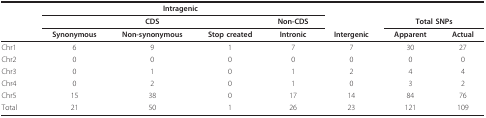
<table><thead><tr><td></td><td colspan="4"><b>Intragenic</b></td><td></td><td></td><td></td></tr><tr><td></td><td colspan="3"><b>CDS</b></td><td><b>Non-CDS</b></td><td></td><td colspan="2"><b>Total SNPs</b></td></tr><tr><td></td><td><b>Synonymous</b></td><td><b>Non-synonymous</b></td><td><b>Stop created</b></td><td><b>Intronic</b></td><td><b>Intergenic</b></td><td><b>Apparent</b></td><td><b>Actual</b></td></tr></thead><tbody><tr><td>Chr1</td><td>6</td><td>9</td><td>1</td><td>7</td><td>7</td><td>30</td><td>27</td></tr><tr><td>Chr2</td><td>0</td><td>0</td><td>0</td><td>0</td><td>0</td><td>0</td><td>0</td></tr><tr><td>Chr3</td><td>0</td><td>1</td><td>0</td><td>1</td><td>2</td><td>4</td><td>4</td></tr><tr><td>Chr4</td><td>0</td><td>2</td><td>0</td><td>1</td><td>0</td><td>3</td><td>2</td></tr><tr><td>Chr5</td><td>15</td><td>38</td><td>0</td><td>17</td><td>14</td><td>84</td><td>76</td></tr><tr><td>Total</td><td>21</td><td>50</td><td>1</td><td>26</td><td>23</td><td>121</td><td>109</td></tr></tbody></table>